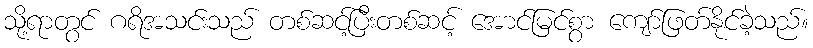
သို့ရာတွင် ဂရိအသင်းသည် တစ်ဆင့်ပြီးတစ်ဆင့် အောင်မြင်စွာ ကျော်ဖြတ်နိုင်ခဲ့သည်။